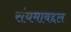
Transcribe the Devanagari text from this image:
संयमाबद्दल